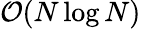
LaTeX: {\cal O}(N\log N)